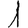
Digit: 1